Indian journal of veterinary science and animal husbandry - Volume 11,
Year: 1941
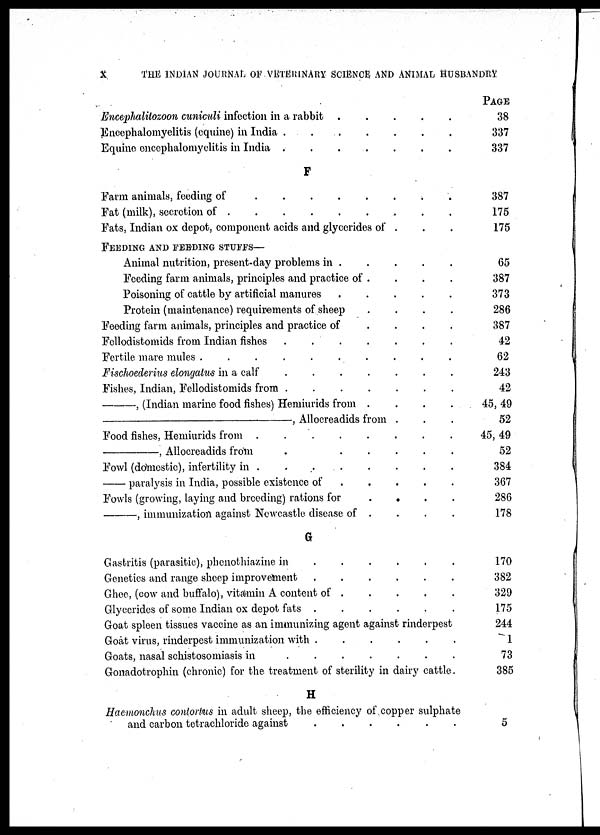
X
THE INDIAN JOURNAL OF VETERINARY SCIENCE AND ANIMAL HUSBANDRY
Encephalitozoon cuniculi infection in a rabbit .
.
.
.
Encephalomyelitis (equine) in India . . . . . . . . . .
Equine encephalomyelitis in India . . . . . . . . . .
F
Farm animals, feeding of . . . . . . . . . .
Fat (milk), secretion of . . . . . . . . . .
Fats, Indian ox depot, component acids and glycerides of . . .
FEEDING AND FEEDING STUEES—
Animal nutrition, present-day problems in . . . . . .
Feeding farm animals, principles and practice of . . . . . . . .
Poisoning of cattle by artificial manures .
.
.
.
Protein (maintenance) requirements of sheep . . . . . . . . . .
Feeding farm animals, principles and practice of . . . . . . . . . .
Fellodistomids from Indian fishes .
.
.
.
.
.
Fertile mare mules .
.
.
.
.
.
.
.
.
Fischoederius elongatus in a calf . . . . . . . . . .
Fishes, Indian, Fellodistomids from . . . . . . . . . .
—,
(Indian marine food fishes) Hemiurids from . . . . . .
—,
Allocreadids from . . . .
Food fishes, Hemiurids from . . . . . . . . . .
— Allocreadids
from . . . . . . . . . .
Fowl (domestic), infertility in . . . . . . . . . .
—paralysis in India, possible existence of . . . . . . . . . .
Fowls (growing, laying and breeding) rations for . . . . . . . . . .
—,
immunization against Newcastle disease of . . . . . . . . . .
G
Gastritis (parasitic), phonothiazine in . . . . . . . . . .
Genetics and range sheep improvement . . . . . . . . . .
Ghee, (cow and buffalo), vitamin A content of . . . . . . . . . .
Glyecrides of some Indian ox depot fats .
.
.
.
Goat spleen tissues vaccine as an immunizing agent against rinderpest
Goat virus, rinderpest immunization with .
.
.
.
Goats, nasal schistosomiasis in . . . . . . . . . .
Gonadotrophin (chronic) for the treatment of sterility in dairy cattle.
H
Haemonchus contortus in adult sheep, the efficiency of copper sulphate
and carbon tetrachloride against . . . . . . . . . .
PAGE
38
337
337
387
175
175
65
387
373
286
387
42
62
243
42
45, 49
52
45, 49
52
384
367
286
178
170
382
329
175
244
1
73
385
5